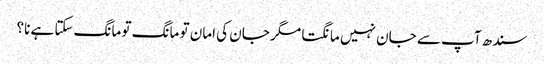
سندھ آپ سے جان نہیں مانگتا مگر جان کی امان تو مانگ تو مانگ سکتا ہے نا؟